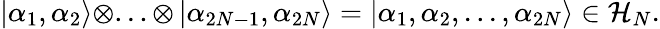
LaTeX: \left|\alpha_{1},\alpha_{2}\right\rangle\otimes...\otimes\left|\alpha_{2N-1},\alpha_{2N}\right\rangle=\left|\alpha_{1},\alpha_{2},...,\alpha_{2N}\right\rangle\in{\cal H}_{N}.